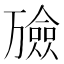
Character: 𪜇